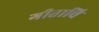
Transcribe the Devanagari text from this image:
गीताचि